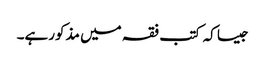
جیسا کہ کتب فقہ میں مذکورہے۔